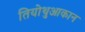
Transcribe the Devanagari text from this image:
तियोथुआकान